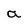
Character: a